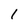
Character: 1